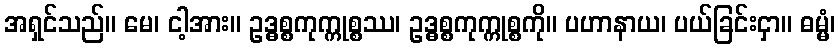
အရှင်သည်။ မေ၊ ငါ့အား။ ဥဒ္ဓစ္စကုက္ကုစ္စဿ၊ ဥဒ္ဓစ္စကုက္ကုစ္စကို။ ပဟာနာယ၊ ပယ်ခြင်းငှာ။ ဓမ္မံ၊